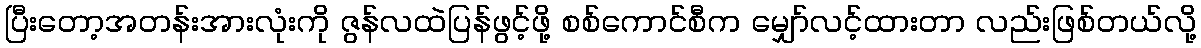
ပြီးတော့အတန်းအားလုံးကို ဇွန်လထဲပြန်ဖွင့်ဖို့ စစ်ကောင်စီက မျှော်လင့်ထားတာ လည်းဖြစ်တယ်လို့